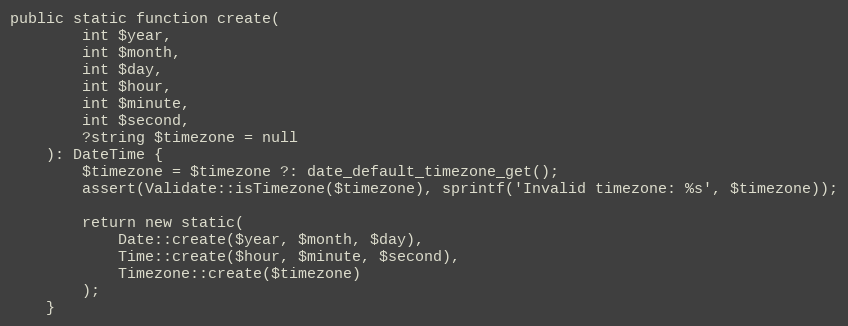
Language: PHP
public static function create(
        int $year,
        int $month,
        int $day,
        int $hour,
        int $minute,
        int $second,
        ?string $timezone = null
    ): DateTime {
        $timezone = $timezone ?: date_default_timezone_get();
        assert(Validate::isTimezone($timezone), sprintf('Invalid timezone: %s', $timezone));

        return new static(
            Date::create($year, $month, $day),
            Time::create($hour, $minute, $second),
            Timezone::create($timezone)
        );
    }